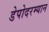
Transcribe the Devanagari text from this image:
डेपोदरम्यान